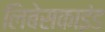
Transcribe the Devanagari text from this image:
लिबेसकाइंड